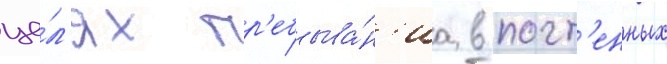
це́л'ях пр'ебыва́н'иа в почт'енных